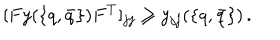
[ F y ( \{ q , \bar { q } \} ) F ^ { T } ] _ { j j } \geq y _ { j j } ( \{ q , \bar { q } \} ) \, .